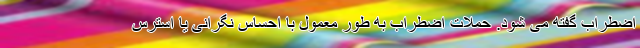
اضطراب گفته می شود. حملات اضطراب به طور معمول با احساس نگرانی یا استرس